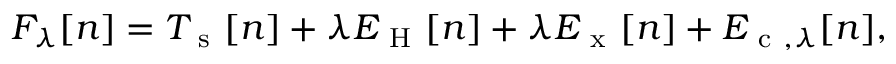
F _ { \lambda } \ensuremath { [ n ] } = T _ { \mathrm { ~ s ~ } } \ensuremath { [ n ] } + \lambda E _ { \mathrm { ~ H ~ } } \ensuremath { [ n ] } + \lambda E _ { \mathrm { ~ x ~ } } \ensuremath { [ n ] } + E _ { \mathrm { ~ c ~ } , \lambda } \ensuremath { [ n ] } ,